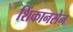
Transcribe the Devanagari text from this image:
शिंकानसेन